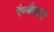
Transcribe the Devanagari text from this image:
रैन्बैक्सी